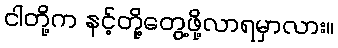
ငါတို့က နင့်တို့တွေ့ဖို့လာရမှာလား။